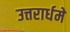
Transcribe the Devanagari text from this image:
उत्तरार्धमे